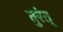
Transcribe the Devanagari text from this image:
तुरंत्